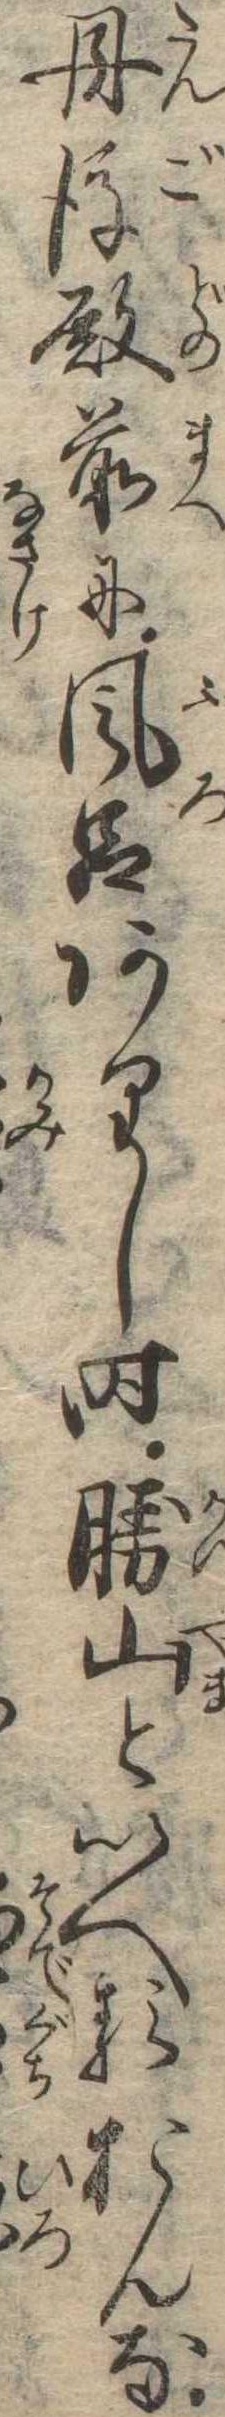
丹後殿前に風呂ありし時勝山といへるおんな